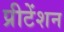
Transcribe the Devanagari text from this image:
प्रीटेंशन